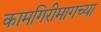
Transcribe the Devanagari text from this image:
कामगिरीमागच्या